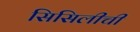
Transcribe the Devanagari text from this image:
सिसिलीची